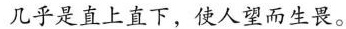
几乎是直上直下，使人望而生畏。